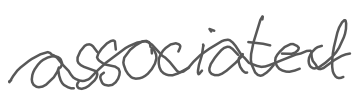
Text: associated
Cross-out: wave
Writing tool: digital_gray